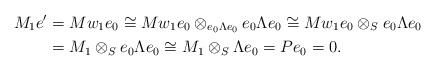
\begin{align*}M_1e' &= Mw_1e_0 \cong Mw_1e_0 \otimes _{e_{0}\Lambda e_{0}}e_{0}\Lambda e_{0} \cong Mw_1e_0\otimes _{S}e_{0}\Lambda e_{0}\\ &= M_1 \otimes _{S}e_{0}\Lambda e_{0} \cong M_1\otimes _{S}\Lambda e_{0} = Pe_0 =0.\end{align*}